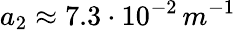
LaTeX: a_{2}\approx 7.3\cdot 10^{-2}\, m^{-1}